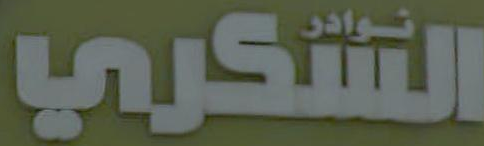
الشكري